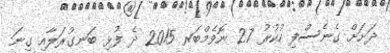
ދަށަށް ގެނެސްފި ހުކުރު 27 ނޮވެމްބަރ 2015 ދެ ފުޅި ބަނގުރަލާއި ގިނަ